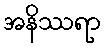
အနိဿရာ